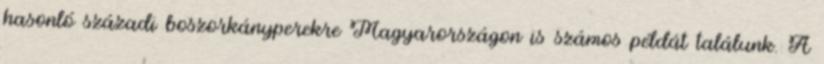
hasonló századi boszorkányperekre Magyarországon is számos példát találunk. A